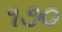
૧૭૦